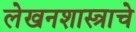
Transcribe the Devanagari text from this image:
लेखनशास्त्राचे